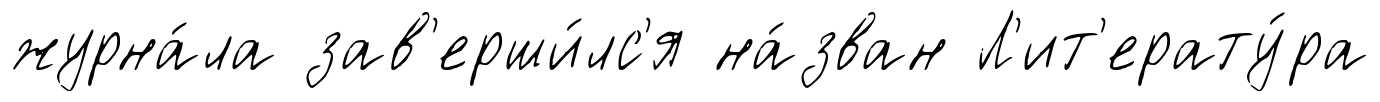
журна́ла зав'ерши́лс'я на́зван Л'ит'ерату́ра